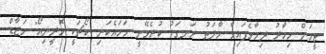
ޓީމަށް މިހާރު ދިމާވެފައިވާ ހާލަތު ރަނގަޅު ކުރެވޭނީ ހަމައެކަނި ކޯޗަކީ މޮރީނިއޯ" ހަޒާޑް